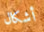
أشكال